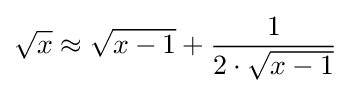
{\sqrt {x}}\approx {\sqrt {x-1}}+{\frac {1}{2\cdot {\sqrt {x-1}}}}